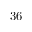
3 6